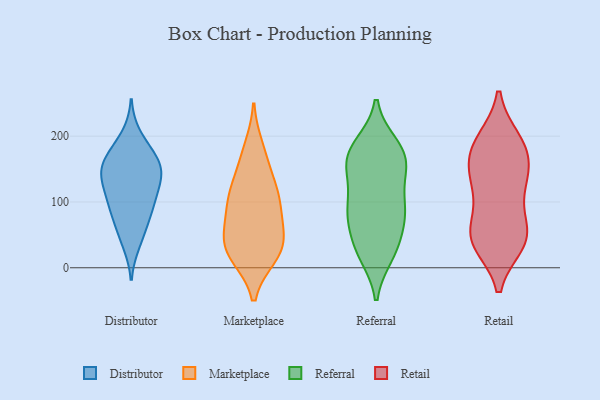
{"axis": {"x": "Page Views", "y": "Value"}, "legend": ["Distributor", "Marketplace", "Referral", "Retail"], "data": [{"x": "", "y": 51, "type": "Distributor"}, {"x": "", "y": 139, "type": "Distributor"}, {"x": "", "y": 131, "type": "Distributor"}, {"x": "", "y": 88, "type": "Distributor"}, {"x": "", "y": 164, "type": "Distributor"}, {"x": "", "y": 96, "type": "Distributor"}, {"x": "", "y": 144, "type": "Distributor"}, {"x": "", "y": 117, "type": "Distributor"}, {"x": "", "y": 177, "type": "Distributor"}, {"x": "", "y": 99, "type": "Distributor"}, {"x": "", "y": 145, "type": "Distributor"}, {"x": "", "y": 75, "type": "Distributor"}, {"x": "", "y": 38, "type": "Distributor"}, {"x": "", "y": 153, "type": "Distributor"}, {"x": "", "y": 200, "type": "Distributor"}, {"x": "", "y": 168, "type": "Distributor"}, {"x": "", "y": 40, "type": "Marketplace"}, {"x": "", "y": 103, "type": "Marketplace"}, {"x": "", "y": 164, "type": "Marketplace"}, {"x": "", "y": 107, "type": "Marketplace"}, {"x": "", "y": 19, "type": "Marketplace"}, {"x": "", "y": 114, "type": "Marketplace"}, {"x": "", "y": 49, "type": "Marketplace"}, {"x": "", "y": 130, "type": "Marketplace"}, {"x": "", "y": 18, "type": "Marketplace"}, {"x": "", "y": 182, "type": "Marketplace"}, {"x": "", "y": 37, "type": "Marketplace"}, {"x": "", "y": 20, "type": "Marketplace"}, {"x": "", "y": 68, "type": "Marketplace"}, {"x": "", "y": 85, "type": "Marketplace"}, {"x": "", "y": 37, "type": "Referral"}, {"x": "", "y": 151, "type": "Referral"}, {"x": "", "y": 172, "type": "Referral"}, {"x": "", "y": 144, "type": "Referral"}, {"x": "", "y": 181, "type": "Referral"}, {"x": "", "y": 91, "type": "Referral"}, {"x": "", "y": 83, "type": "Referral"}, {"x": "", "y": 70, "type": "Referral"}, {"x": "", "y": 147, "type": "Referral"}, {"x": "", "y": 87, "type": "Referral"}, {"x": "", "y": 179, "type": "Referral"}, {"x": "", "y": 101, "type": "Referral"}, {"x": "", "y": 161, "type": "Referral"}, {"x": "", "y": 186, "type": "Referral"}, {"x": "", "y": 20, "type": "Referral"}, {"x": "", "y": 85, "type": "Referral"}, {"x": "", "y": 27, "type": "Referral"}, {"x": "", "y": 26, "type": "Referral"}, {"x": "", "y": 193, "type": "Retail"}, {"x": "", "y": 188, "type": "Retail"}, {"x": "", "y": 151, "type": "Retail"}, {"x": "", "y": 119, "type": "Retail"}, {"x": "", "y": 38, "type": "Retail"}, {"x": "", "y": 179, "type": "Retail"}, {"x": "", "y": 185, "type": "Retail"}, {"x": "", "y": 45, "type": "Retail"}, {"x": "", "y": 150, "type": "Retail"}, {"x": "", "y": 48, "type": "Retail"}, {"x": "", "y": 40, "type": "Retail"}, {"x": "", "y": 57, "type": "Retail"}, {"x": "", "y": 51, "type": "Retail"}, {"x": "", "y": 133, "type": "Retail"}, {"x": "", "y": 111, "type": "Retail"}]}